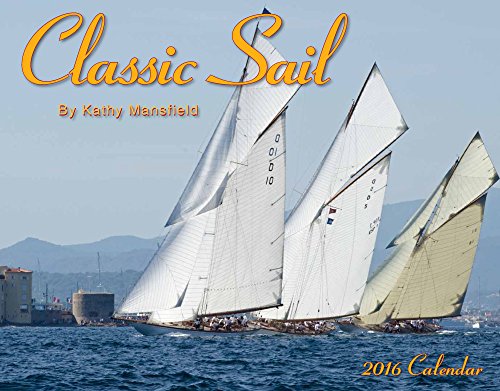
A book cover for Classic Sail 2016 Calendar 11x14; Kathy Mansfield; Calendars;